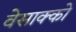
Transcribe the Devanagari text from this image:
वेसाक्को